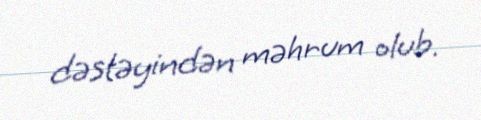
dəstəyindən məhrum olub.